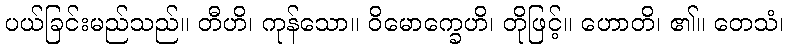
ပယ်ခြင်းမည်သည်။ တီဟိ၊ ကုန်သော။ ဝိမောက္ခေဟိ၊ တိုဖြင့်။ ဟောတိ၊ ၏။ တေသံ၊